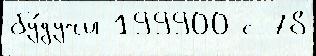
бу́дучи 199900 с 78